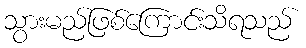
သွားမည်ဖြစ်ကြောင်းသိရသည်